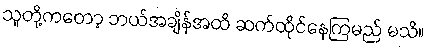
သူတို့ကတော့ ဘယ်အချိန်အထိ ဆက်ထိုင်နေကြမည် မသိ။